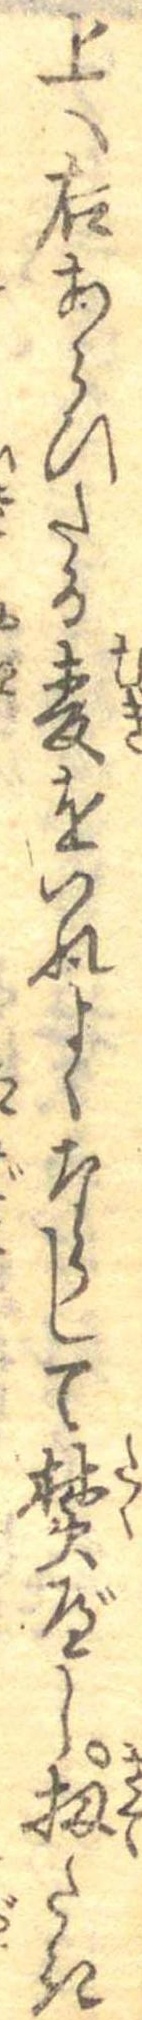
上へ右あらひたる麦をいれよくならして焚べし扨たき